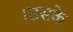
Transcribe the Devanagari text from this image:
।उसके